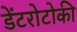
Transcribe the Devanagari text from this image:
डेंटरोटोकी